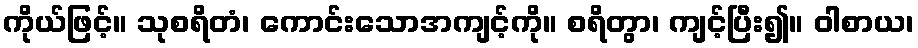
ကိုယ်ဖြင့်။ သုစရိတံ၊ ကောင်းသောအကျင့်ကို။ စရိတွာ၊ ကျင့်ပြီး၍။ ဝါစာယ၊